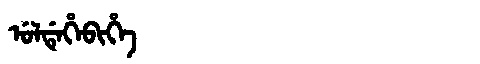
Manchu: ᡠᠯᡩᡝᡥᡝᠪᡳᡥᡝ
Romanization: ULDEHEBIHE